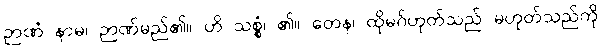
ဉာဏံ နာမ၊ ဉာဏ်မည်၏။ ဟိ သစ္စံ၊ ၏။ တေန၊ ထိုမဂ်ဟုတ်သည် မဟုတ်သည်ကို